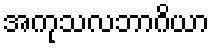
အကုသလဘာဂိယာ